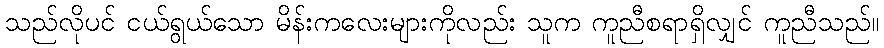
သည်လိုပင် ငယ်ရွယ်သော မိန်းကလေးများကိုလည်း သူက ကူညီစရာရှိလျှင် ကူညီသည်။